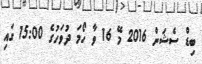
ބިޑް ސެޝަން 2016 މޭ 16 ވާ ހޯމަ ދުވަހުގެ 15:00 ގައި